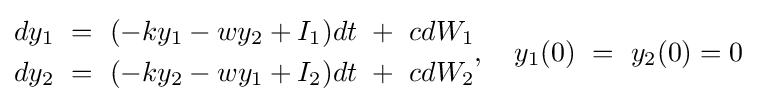
{\begin{aligned}dy_{\text{1}}\ =\ (-ky_{\text{1}}-wy_{\text{2}}+I_{\text{1}})dt\ +\ cdW_{\text{1}}\\dy_{\text{2}}\ =\ (-ky_{\text{2}}-wy_{\text{1}}+I_{\text{2}})dt\ +\ cdW_{\text{2}}\end{aligned}},\quad y_{\text{1}}(0)\ =\ y_{\text{2}}(0)=0